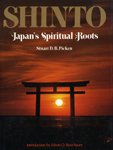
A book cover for Shinto, Japan's Spiritual Roots; Stuart D. B. Picken; Religion & Spirituality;